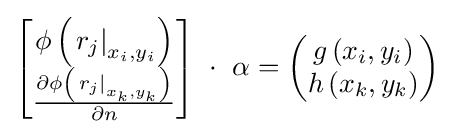
\left[{\begin{matrix}\phi \left(\left.r_{j}\right|_{x_{i},y_{i}}\right)\\{\frac {\partial \phi \left(\left.r_{j}\right|_{x_{k},y_{k}}\right)}{\partial n}}\\\end{matrix}}\right]\ \cdot \ \alpha =\left({\begin{matrix}g\left(x_{i},y_{i}\right)\\h\left(x_{k},y_{k}\right)\\\end{matrix}}\right)